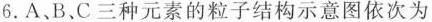
6.A、B、C三种元素的粒子结构示意图依次为